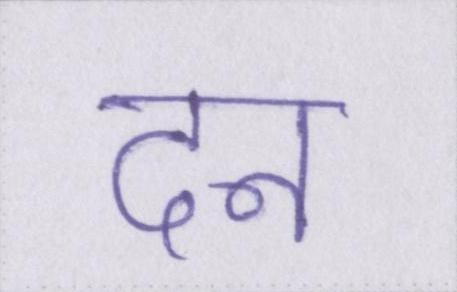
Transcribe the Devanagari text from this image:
दन